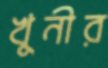
খুনীর